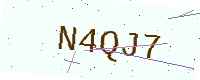
Text: N4QJ7